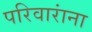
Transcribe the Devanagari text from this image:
परिवारांना